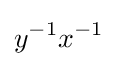
y^{-1}x^{-1}